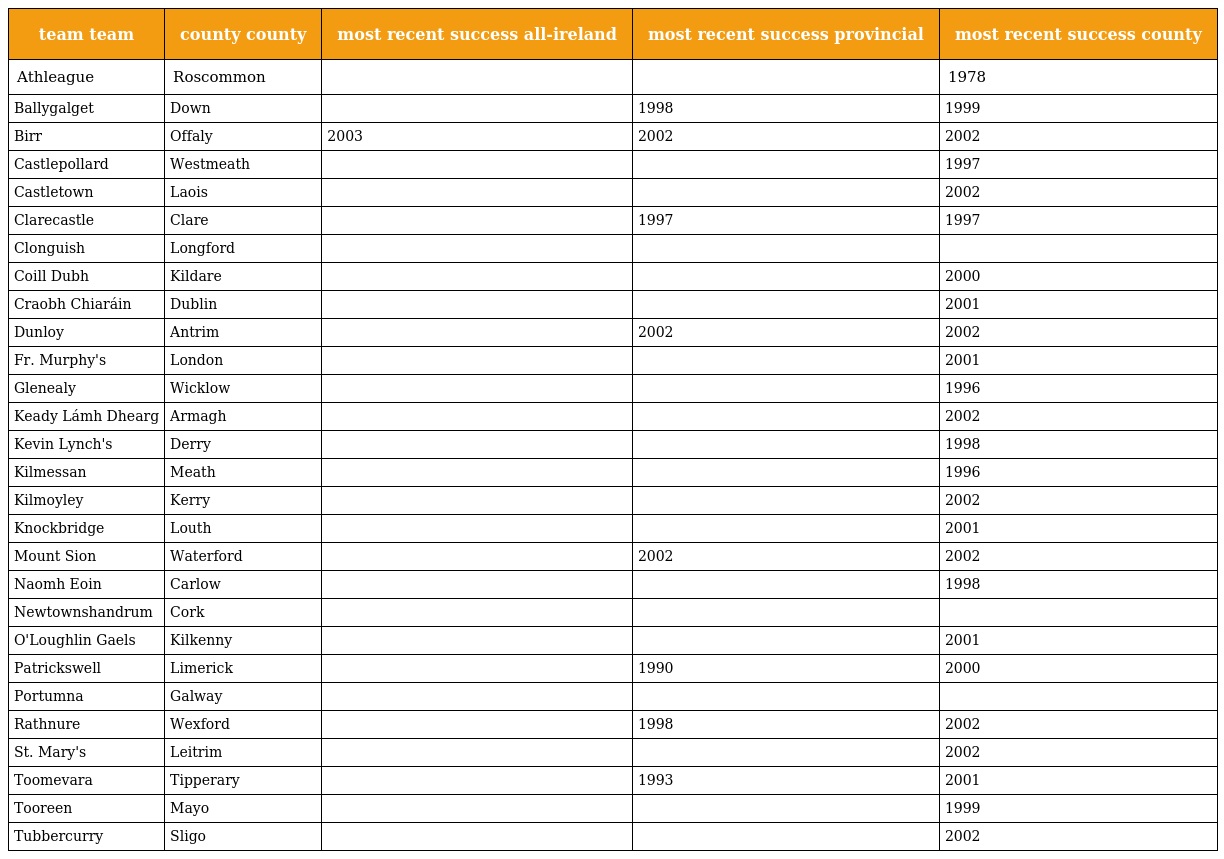
| team team | county county | most recent success all-ireland | most recent success provincial | most recent success county |
 | --- | --- | --- | --- | --- |
 | Athleague | Roscommon |  |  | 1978 |
 | Ballygalget | Down |  | 1998 | 1999 |
 | Birr | Offaly | 2003 | 2002 | 2002 |
 | Castlepollard | Westmeath |  |  | 1997 |
 | Castletown | Laois |  |  | 2002 |
 | Clarecastle | Clare |  | 1997 | 1997 |
 | Clonguish | Longford |  |  |  |
 | Coill Dubh | Kildare |  |  | 2000 |
 | Craobh Chiaráin | Dublin |  |  | 2001 |
 | Dunloy | Antrim |  | 2002 | 2002 |
 | Fr. Murphy's | London |  |  | 2001 |
 | Glenealy | Wicklow |  |  | 1996 |
 | Keady Lámh Dhearg | Armagh |  |  | 2002 |
 | Kevin Lynch's | Derry |  |  | 1998 |
 | Kilmessan | Meath |  |  | 1996 |
 | Kilmoyley | Kerry |  |  | 2002 |
 | Knockbridge | Louth |  |  | 2001 |
 | Mount Sion | Waterford |  | 2002 | 2002 |
 | Naomh Eoin | Carlow |  |  | 1998 |
 | Newtownshandrum | Cork |  |  |  |
 | O'Loughlin Gaels | Kilkenny |  |  | 2001 |
 | Patrickswell | Limerick |  | 1990 | 2000 |
 | Portumna | Galway |  |  |  |
 | Rathnure | Wexford |  | 1998 | 2002 |
 | St. Mary's | Leitrim |  |  | 2002 |
 | Toomevara | Tipperary |  | 1993 | 2001 |
 | Tooreen | Mayo |  |  | 1999 |
 | Tubbercurry | Sligo |  |  | 2002 |